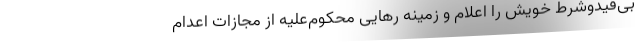
بی‌قیدوشرط خویش را اعلام و زمینه رهایی محکوم‌علیه از مجازات اعدام